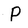
Character: P